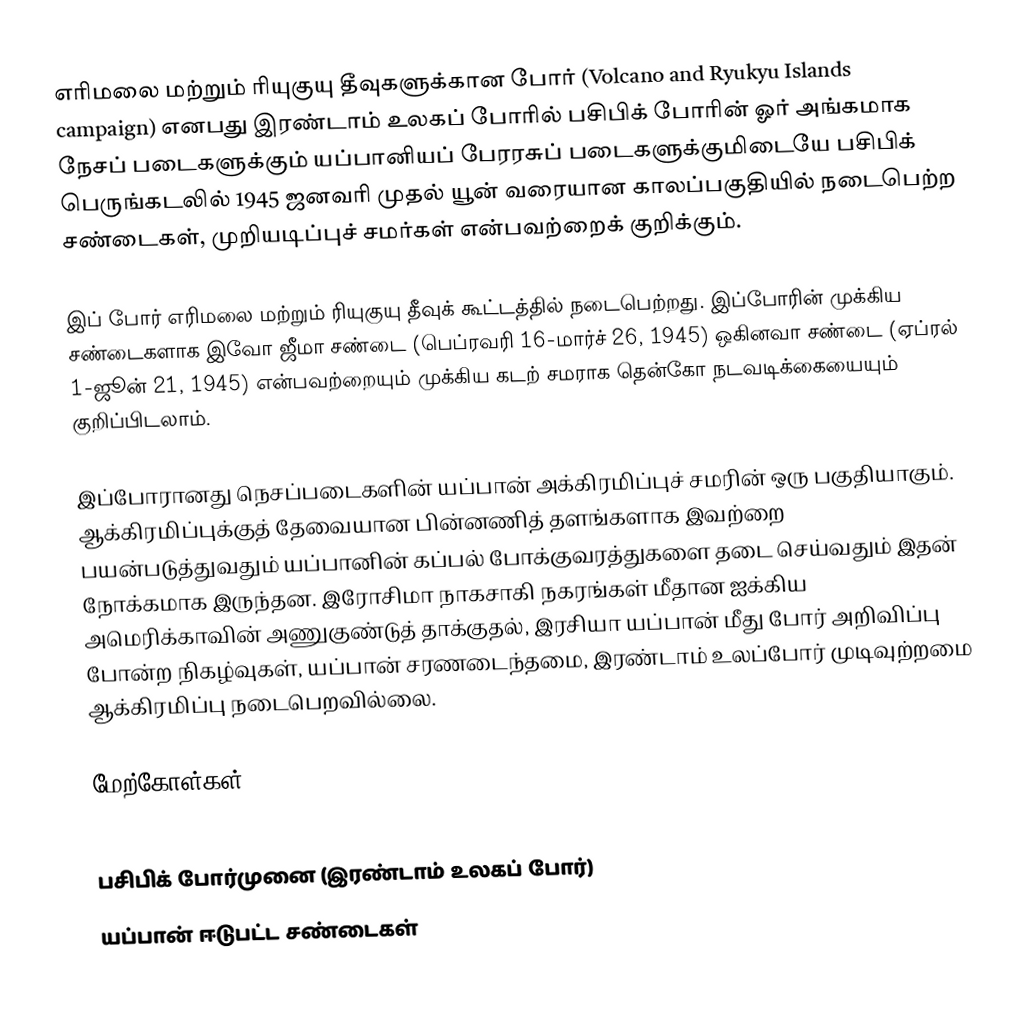
எரிமலை மற்றும் ரியுகுயு தீவுகளுக்கான போர் (Volcano and Ryukyu Islands campaign) எனபது இரண்டாம் உலகப் போரில் பசிபிக் போரின் ஓர் அங்கமாக நேசப் படைகளுக்கும் யப்பானியப் பேரரசுப் படைகளுக்குமிடையே பசிபிக் பெருங்கடலில்  1945 ஜனவரி முதல் யூன் வரையான காலப்பகுதியில் நடைபெற்ற சண்டைகள், முறியடிப்புச் சமர்கள் என்பவற்றைக் குறிக்கும்.

இப் போர் எரிமலை மற்றும் ரியுகுயு தீவுக் கூட்டத்தில் நடைபெற்றது. இப்போரின் முக்கிய சண்டைகளாக இவோ ஜீமா சண்டை (பெப்ரவரி 16-மார்ச் 26, 1945) ஒகினவா சண்டை (ஏப்ரல் 1-ஜூன் 21, 1945) என்பவற்றையும் முக்கிய கடற் சமராக தென்கோ நடவடிக்கையையும் குறிப்பிடலாம்.

இப்போரானது நெசப்படைகளின் யப்பான் அக்கிரமிப்புச் சமரின் ஒரு பகுதியாகும். ஆக்கிரமிப்புக்குத் தேவையான பின்னணித் தளங்களாக இவற்றை பயன்படுத்துவதும் யப்பானின் கப்பல் போக்குவரத்துகளை தடை செய்வதும் இதன் நோக்கமாக இருந்தன. இரோசிமா நாகசாகி நகரங்கள் மீதான ஐக்கிய அமெரிக்காவின் அணுகுண்டுத் தாக்குதல், இரசியா யப்பான் மீது போர் அறிவிப்பு போன்ற நிகழ்வுகள், யப்பான் சரணடைந்தமை, இரண்டாம் உலப்போர் முடிவுற்றமை ஆக்கிரமிப்பு நடைபெறவில்லை.

மேற்கோள்கள்

பசிபிக் போர்முனை (இரண்டாம் உலகப் போர்)
யப்பான் ஈடுபட்ட சண்டைகள்